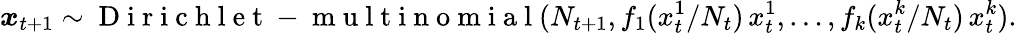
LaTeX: \boldsymbol x_{t+1}\sim\mathrm{~D~i~r~i~c~h~l~e~t~-~m~u~l~t~i~n~o~m~i~a~l~}(N_{t+1},f_{1}(x_{t}^{1}/N_{t})\, x_{t}^{1},\ldots,f_{k}(x_{t}^{k}/N_{t})\, x_{t}^{k}).